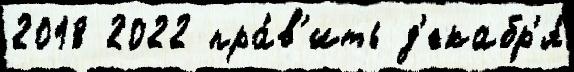
2018 2022 пра́в'ить д'екабр'я́